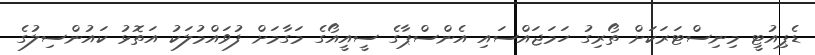
ޑެޕިއުޓީ މިނިސްޓަރަކަށް ތޯރިގު ހަމަޖައްސައި އެންސްޕާގެ ސީއީއޯގެ މަގާމަށް ފުވައްމުލަކު އަތޮޅު ކައުންސިލުގެ